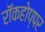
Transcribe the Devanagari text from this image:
रॉकहोप्पर